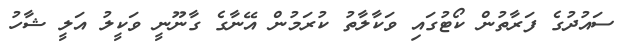
ސައުދުގެ ފަރާތުން ކޯޓުގައި ވަކާލާތު ކުރަމުން އޭނާގެ ގާނޫނީ ވަކީލު އަލީ ޝާހު